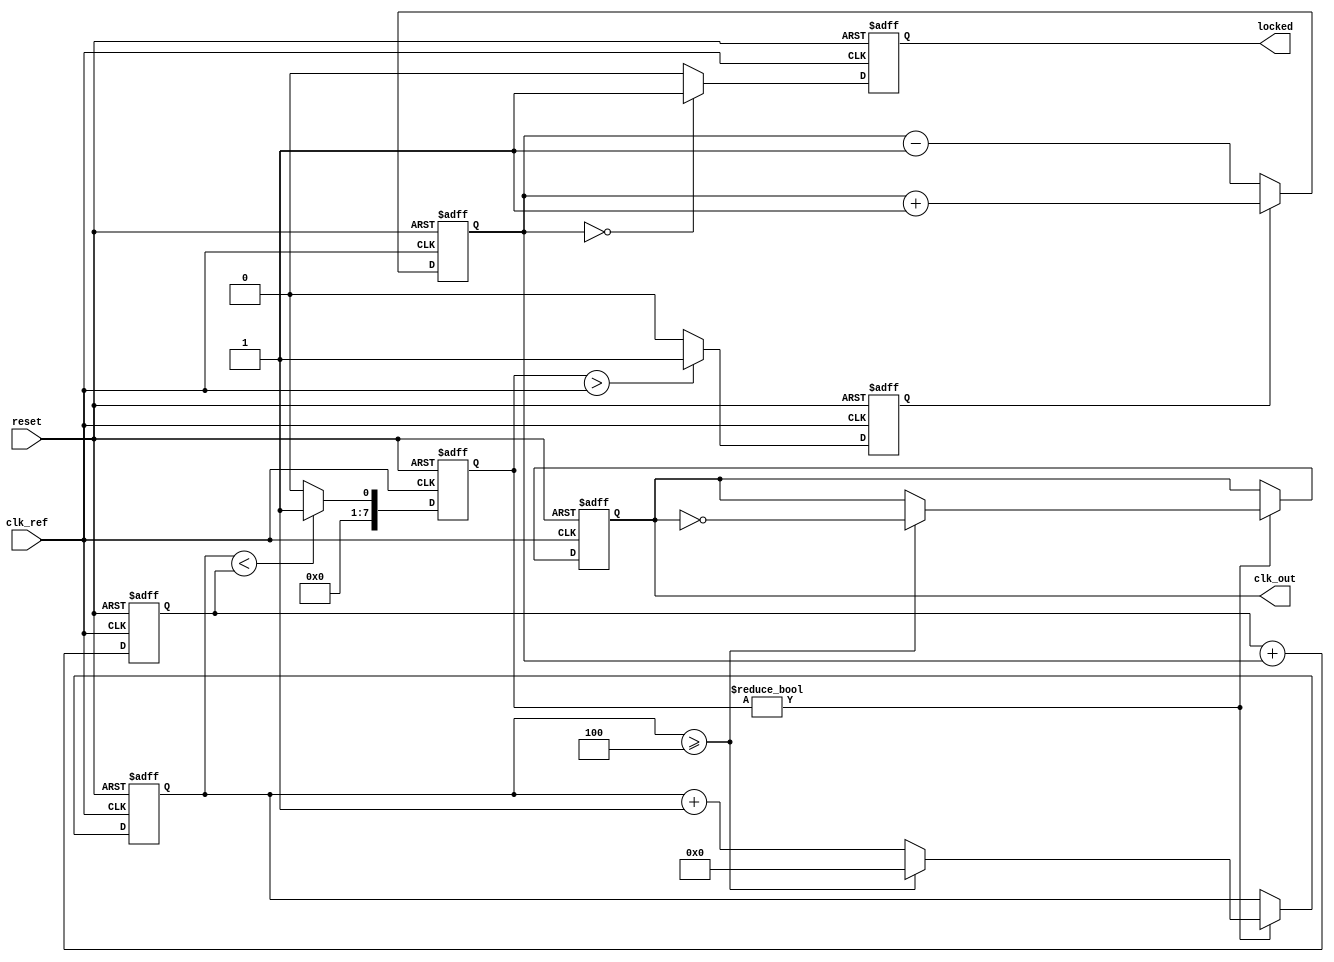
module integer_n_pll (
    input wire clk_ref,          // Reference clock input
    input wire reset,           // Reset signal
    output reg clk_out,         // Output clock
    output reg locked           // Lock status
);

    // Parameters
    parameter N = 4;            // Division ratio
    parameter LOOP_FILTER_SIZE = 8; // Size of the loop filter

    // Internal signals
    reg [LOOP_FILTER_SIZE-1:0] error_signal; // Error signal from PD
    reg [LOOP_FILTER_SIZE-1:0] control_voltage; // Control voltage to VCO
    reg [LOOP_FILTER_SIZE-1:0] vco_output; // VCO output
    reg [N-1:0] feedback_divider; // Feedback divider
    reg [N-1:0] counter; // Counter for VCO output generation
    reg phase_detector_output; // Output of phase detector

    // Phase Detector (PD)
    always @(posedge clk_ref or posedge reset) begin
        if (reset) begin
            phase_detector_output <= 0;
        end else begin
            // Simple phase comparison logic
            if (vco_output > clk_ref) begin
                phase_detector_output <= 1; // VCO is leading
            end else begin
                phase_detector_output <= 0; // VCO is lagging
            end
        end
    end

    // Loop Filter (LF)
    always @(posedge clk_ref or posedge reset) begin
        if (reset) begin
            error_signal <= 0;
            control_voltage <= 0;
        end else begin
            // Simple proportional control
            error_signal <= phase_detector_output ? error_signal + 1 : error_signal - 1;
            control_voltage <= control_voltage + error_signal; // Integrate error signal
        end
    end

    // Voltage-Controlled Oscillator (VCO)
    always @(posedge clk_ref or posedge reset) begin
        if (reset) begin
            vco_output <= 0;
            counter <= 0;
            clk_out <= 0;
            locked <= 0;
        end else begin
            // Generate VCO output based on control voltage
            if (counter < control_voltage) begin
                vco_output <= 1; // VCO output high
            end else begin
                vco_output <= 0; // VCO output low
            end
            
            // Feedback Divider
            if (vco_output) begin
                counter <= counter + 1;
                if (counter >= N) begin
                    clk_out <= ~clk_out; // Toggle output clock
                    counter <= 0; // Reset counter
                end
            end
            
            // Lock detection logic
            if (error_signal == 0) begin
                locked <= 1; // PLL is locked
            end else begin
                locked <= 0; // PLL is not locked
            end
        end
    end

endmodule